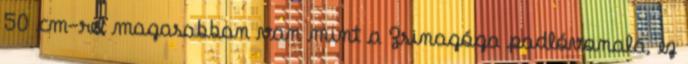
50 cm-rel magasabban van mint a Zsinagóga padlóvonala, ez